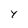
Character: y